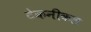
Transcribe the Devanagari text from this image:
टेकनीकल